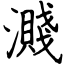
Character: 濺